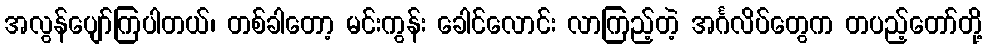
အလွန်ပျော်ကြပါတယ်၊ တစ်ခါတော့ မင်းကွန်း ခေါင်လောင်း လာကြည့်တဲ့ အင်္ဂလိပ်တွေက တပည့်တော်တို့